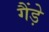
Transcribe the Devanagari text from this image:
गैंड़े